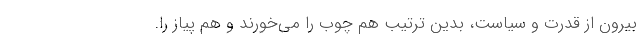
بیرون از قدرت و سیاست، بدین ترتیب هم چوب را می‌خورند و هم پیاز را.